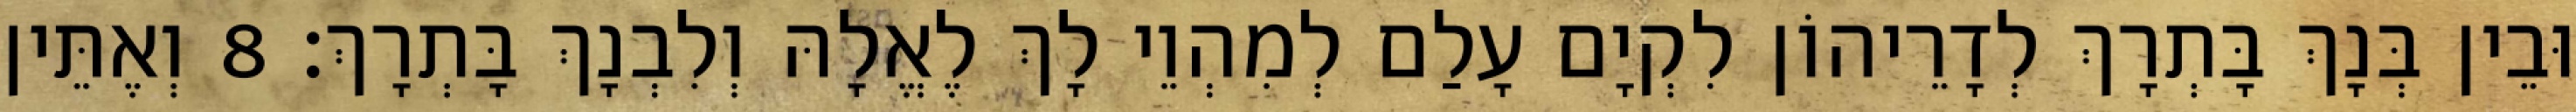
וּבֵין בְּנָךְ בָּתְרָךְ לְדָרֵיהוֹן לִקְיָם עָלַם לְמִהְוֵי לָךְ לֶאֱלָהּ וְלִבְנָךְ בָּתְרָךְ׃ 8 וְאֶתֵּין